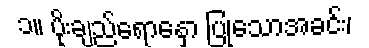
၁။ ပိုးချည်ရောနှော ပြုသောအခင်း၊